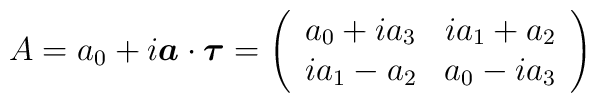
A=a_0+i\mbox{\boldmath$a$}\cdot \mbox{\boldmath$\tau$}=\left(\begin{array}{cc}a_0+ia_3 & ia_1+a_2 \\ia_1-a_2 & a_0-ia_3\end{array}\right)